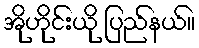
အိုဟိုင်းယို ပြည်နယ်။